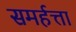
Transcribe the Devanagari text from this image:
समर्हत्ता